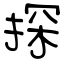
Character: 探